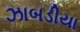
ઝાબડીયા